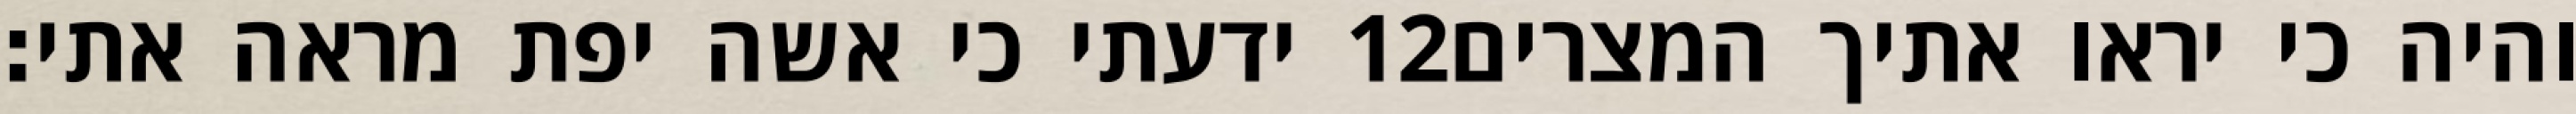
ידעתי כי אשה יפת מראה אתי׃ ‎12‏ והיה כי יראו אתיך המצרים